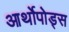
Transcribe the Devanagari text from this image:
आर्थोपोड्स